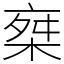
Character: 椉